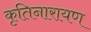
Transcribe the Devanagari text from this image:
कृतिनारायण